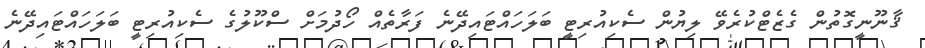
ޤާނޫނީގޮތުން ގެޒެޓްކުރެވޭ ލިޔުން ސެކިއުރިޓީ ބަލަހައްޓައިދޭނެ ފަރާތެއް ހޯދުމަށް ސްކޫލުގެ ސެކިއުރިޓީ ބަލަހައްޓައިދޭނެ